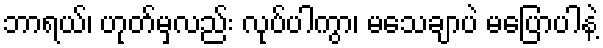
ဘာရယ်၊ ဟုတ်မှလည်း လုပ်ပါကွာ၊ မသေချာပဲ မပြောပါနဲ့